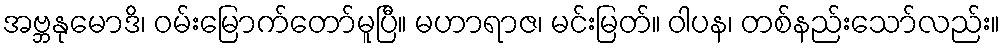
အဗ္ဘနုမောဒိ၊ ဝမ်းမြောက်တော်မူပြီ။ မဟာရာဇ၊ မင်းမြတ်။ ဝါပန၊ တစ်နည်းသော်လည်း။